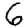
Digit: 6